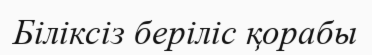
Біліксіз беріліс қорабы